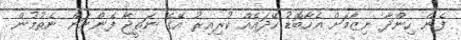
ފެން ހިންދާ ނިޒާމަށް އެހާބޮޑު ހޭދައެއް ކުރިއިރު އޭގެ ނަތީޖާ ފެންނަން ނެތުމުން